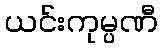
ယင်းကုမ္ပဏီ